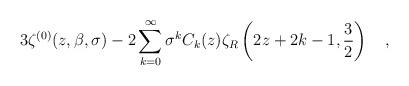
LaTeX: \begin{align*}3\zeta^{(0)}(z,\beta,\sigma)-2\sum_{k=0}^\infty \sigma^k C_k(z) \zeta_R \left(2z+2k-1,{3 \over 2}\right)~~~,\end{align*}